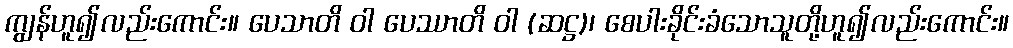
ကျွန်ဟူ၍လည်းကောင်း။ ပေသာတိ ဝါ ပေဿာတိ ဝါ (ဆဋ္ဌ)၊ စေပါးခိုင်းခံသောသူတို့ဟူ၍လည်းကောင်း။